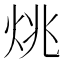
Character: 烑